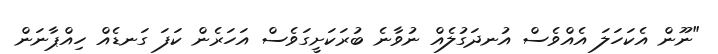
"ނޫން އެކަހަލަ އެއްވެސް އުނދަގުލެއް ނުވާނެ ބުރަކަށީގަވެސް އަހަރެން ކަފަ ގަނޑެއް ހިއްޕާނަން